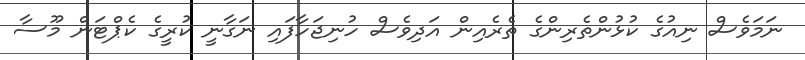
ނަމަވެސް ނިއުގެ ކުޅުންތެރިންގެ ތެރެއިން އަދިވެސް ހުނިޖަހާފައި ނަގާނީ ކުރީގެ ކެޕްޓަން މޫސާ